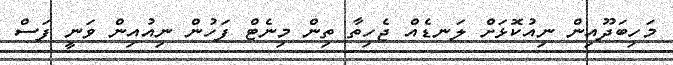
މަހިބަދޫއިން ނިއުކޮޅަށް ލަނޑެއް ޖެހިތާ ތިން މިނެޓް ފަހުން ނިއުއިން ވަނީ ފަސް